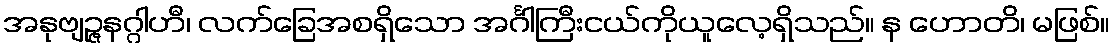
အနုဗျဉ္ဇနဂ္ဂါဟီ၊ လက်ခြေအစရှိသော အင်္ဂါကြီးငယ်ကိုယူလေ့ရှိသည်။ န ဟောတိ၊ မဖြစ်။